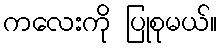
ကလေးကို ပြုစုမယ်။